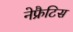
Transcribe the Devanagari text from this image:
नेफ्रैटिस